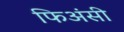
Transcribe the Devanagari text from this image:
फिअंसी